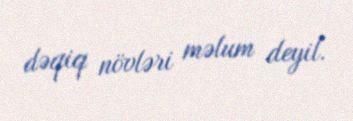
dəqiq növləri məlum deyil.